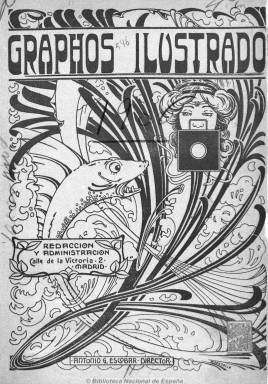
Título: Graphos ilustrado
Colección: Fotografía
Ámbito geográfico: Madrid
Lugar de publicación: Madrid
Fechas: 01/01/1906-31/12/1907

Subtitulada como “revista mensual de fotografía”, fue dirigida por Antonio G. Escobar en números de 32 páginas. Los 24 que publicó forman dos tomos, y al final de cada uno aparecen los índices. Estaba dirigida tanto a profesionales como a aficionados de la fotografía y, además de las ilustraciones y excelentes grabados de grandes maestros y autores de diversas capitales de provincia españolas, entre otros, procedentes de fotografías tanto de estudio como instantáneas, incluye una parte doctrinal sobre el arte fotográfico, así como artículos de teoría y técnica, lecciones, consejos, fórmulas, procedimientos, materiales, novedades, extractos de publicaciones extranjeras, etc. También tuvo un “buzón” para publicar las consultas de los lectores y llegó a organizar alguna exposición fotográfica. Asimismo, incluía anuncios comerciales del sector y una lámina fuera de texto.

Entre los miembros de su comité de redacción y colaboradores aparecen G. Baran, Luis de Ocharan, Carlos Íñigo, Pablo Audouard, Juan Vilatobá, J. Widmayer, Rafael Soleras, Auguste y Louis Lumiére, C. Fabre, C. Klary, H. D’Osmond, Juan Mompó y M. Austrechi, y otros representantes del denominado pictoralismo.